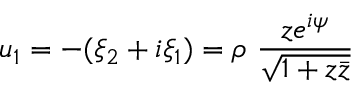
u _ { 1 } = - ( \xi _ { 2 } + i \xi _ { 1 } ) = \rho ~ \frac { z e ^ { i \psi } } { \sqrt { 1 + z \bar { z } } }